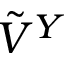
\Tilde { V } ^ { Y }